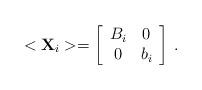
LaTeX: \begin{align*}<{\bf X}_i> = \left[ \begin{array}{cc}B_i & 0 \\0 & b_i\end{array}\right] \,.\end{align*}